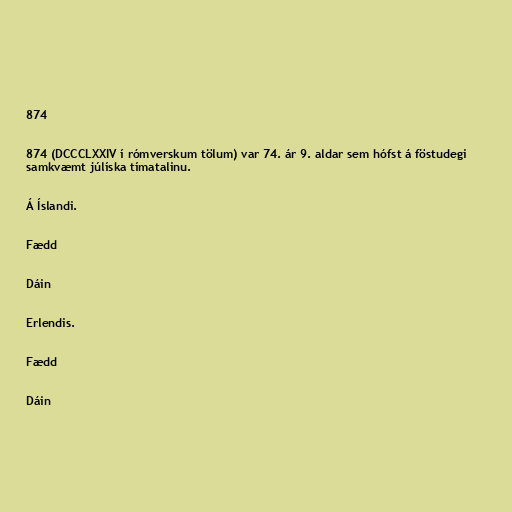
874

874 (DCCCLXXIV í rómverskum tölum) var 74. ár 9. aldar sem hófst á föstudegi
samkvæmt júlíska tímatalinu.

Á Íslandi.

Fædd

Dáin

Erlendis.

Fædd

Dáin